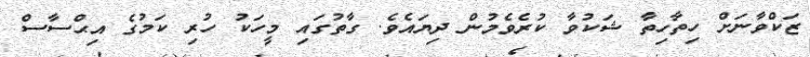
ޒަކްވާނަށް ހިތާހިތާ ޝަކުވާ ކުރެވެމުން ދިޔައެވެ. ގާތުގައި މީހަކު ހުރި ކަމުގެ އިޙްސާސް